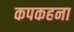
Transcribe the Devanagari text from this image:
कपकहना